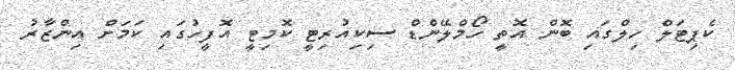
ކެޕިޓަލް ހިލްގައި ބޮން އޮތީ ހޯމްލޭންޑް ސިކިއުރިޓީ ކޮމިޓީ އޮފީހުގައި ކަމަށް އިންޒާރު